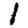
Digit: 1